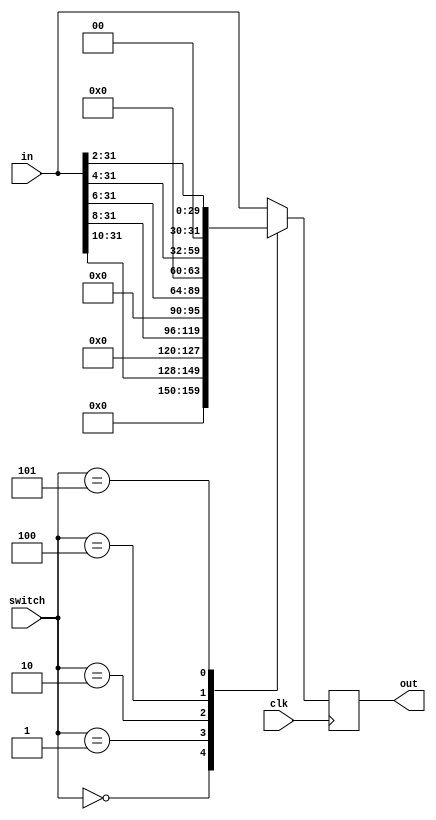
module shift_32 (in, switch, clk, out);
		input [31:0]	in;
		input [2:0] switch;
		input clk;
		output [31:0]	out;
		
		reg val;
		
	always @ (posedge clk) begin
   case(switch)
		3'b000:  out = in >>> 10; //-10dB
   	3'b001:  out = in >>> 8;
   	3'b010:  out = in >>> 6; 
   	3'b100:  out = in >>> 4; 
   	3'b101:  out = in >>> 2; 
   	3'b111:  out = in;		//50dB
		default: out = in;
   endcase
	end
		
endmodule